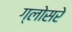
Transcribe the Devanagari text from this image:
ग्लोसरे